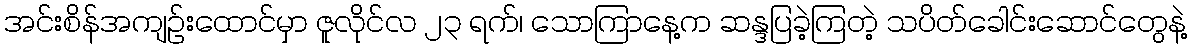
အင်းစိန်အကျဉ်းထောင်မှာ ဇူလိုင်လ ၂၃ ရက်၊ သောကြာနေ့က ဆန္ဒပြခဲ့ကြတဲ့ သပိတ်ခေါင်းဆောင်တွေနဲ့